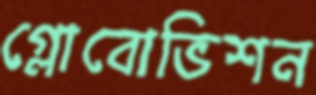
গ্লোবোভিশন